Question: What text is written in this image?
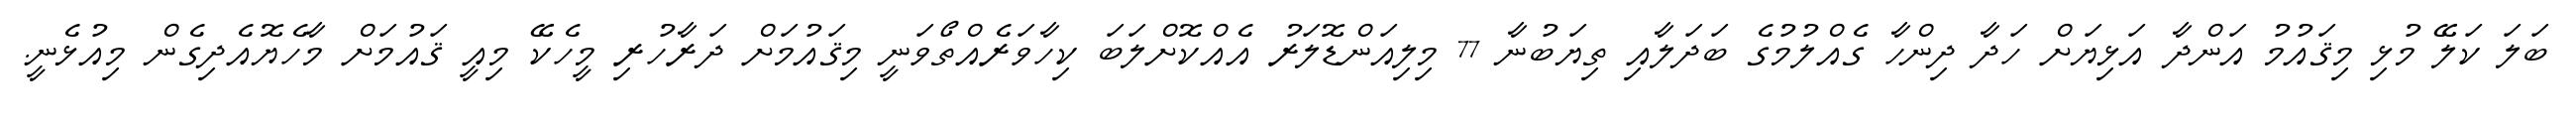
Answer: ބަލަ ކަލޭ މުޅި މިޤައުމު އަންދާ އަޅިޔަށް ހަދާ ދިންހާ ގެއްލުމުގެ ބަދަލާއި ތިޔަބުނާ 77 މިލިއަންޑޮލަރު އެއްކޮށްލަބަ ކިހާވަރެއްތޯވަނީ މިޤައުމަށް ދަރާހުރި މީހެކޭ މިއީ ޤައުމަށް މާހެޔޮއެދިގެން މިއުޅެނީ.